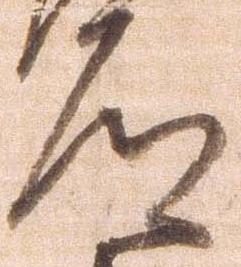
道